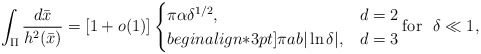
\begin{align*}\int_{\Pi}\frac{d\bar{x}}{h^2(\bar{x})}=[1+o(1)]\begin{cases}\pi \alpha \delta^{1/2}, & d=2\\begin{align*}3pt]\pi a b |\ln \delta |, & d=3\end{cases} \mbox{for }~ \delta\ll 1,\end{align*}